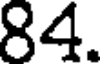
84.